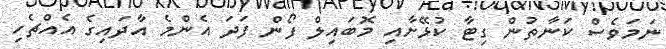
ނަމަވެސް ކަނާތުން ގިޓާ ކުޅޭށާއި މޮބައިލް ފޯން ފަދަ އެންމެ އާދައިގެ އެއްޗެހި